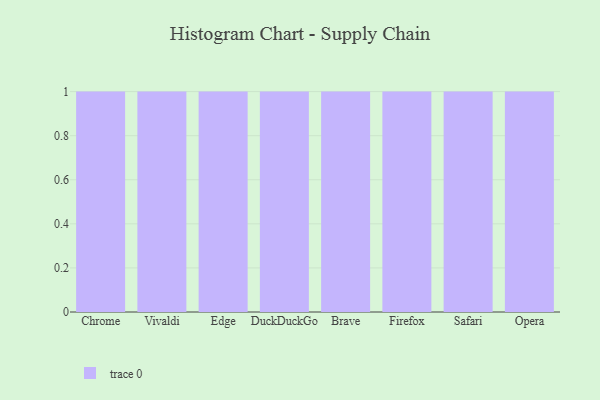
{"axis": {"x": "Browser", "y": "Customer Acquisition Cost (USD)"}, "legend": [""], "data": [{"x": "Chrome", "y": 99, "type": ""}, {"x": "Vivaldi", "y": 100, "type": ""}, {"x": "Edge", "y": 41, "type": ""}, {"x": "DuckDuckGo", "y": 39, "type": ""}, {"x": "Brave", "y": 45, "type": ""}, {"x": "Firefox", "y": 46, "type": ""}, {"x": "Safari", "y": 56, "type": ""}, {"x": "Opera", "y": 47, "type": ""}]}